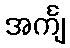
အင်္ကျ